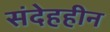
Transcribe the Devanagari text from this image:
संदेहहीन